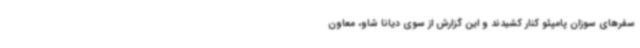
سفرهای سوزان پامپئو کنار کشیدند و این گزارش از سوی دیانا شاو، معاون